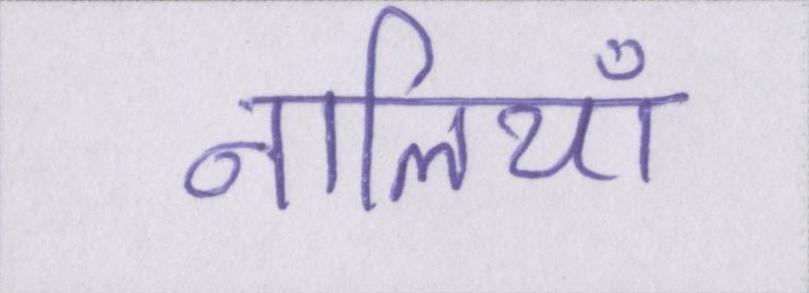
नालियाँ